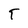
Character: T